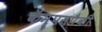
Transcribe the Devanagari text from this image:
कॅम्पसपैकी